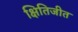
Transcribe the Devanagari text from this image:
क्षितिजीत